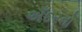
અઁદરનો